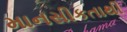
માનસીકતાથી